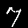
Label: 7